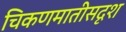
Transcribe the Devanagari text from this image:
चिकणमातीसदृश